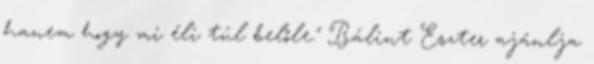
hanem hogy mi éli túl belőle." Bálint Eszter ajánlja